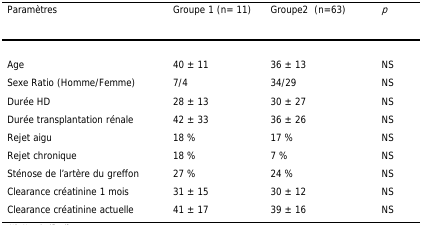
<table><thead><tr><td><b>Paramètres</b></td><td><b>Groupe 1 (n= 11)</b></td><td><b>Groupe2 (n=63)</b></td><td><b><i>p</i></b></td></tr></thead><tbody><tr><td>Age</td><td>40 ± 11</td><td>36 ± 13</td><td>NS</td></tr><tr><td>Sexe Ratio (Homme/Femme)</td><td>7/4</td><td>34/29</td><td>NS</td></tr><tr><td>Durée HD</td><td>28 ± 13</td><td>30 ± 27</td><td>NS</td></tr><tr><td>Durée transplantation rénale</td><td>42 ± 33</td><td>36 ± 26</td><td>NS</td></tr><tr><td>Rejet aigu</td><td>18 %</td><td>17 %</td><td>NS</td></tr><tr><td>Rejet chronique</td><td>18 %</td><td>7 %</td><td>NS</td></tr><tr><td>Sténose de l’artère du greffon</td><td>27 %</td><td>24 %</td><td>NS</td></tr><tr><td>Clearance créatinine 1 mois</td><td>31 ± 15</td><td>30 ± 12</td><td>NS</td></tr><tr><td>Clearance créatinine actuelle</td><td>41 ± 17</td><td>39 ± 16</td><td>NS</td></tr></tbody></table>